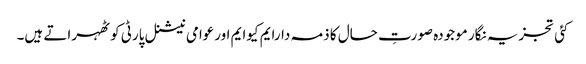
کئی تجزیہ نگار موجودہ صورتِ حال کا ذمہ دارایم کیوایم اورعوامی نیشنل پارٹی کو ٹھہراتے ہیں۔